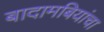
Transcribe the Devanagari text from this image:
बादामबियांचा